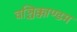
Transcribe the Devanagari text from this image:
वञ्चिक्काण्डम